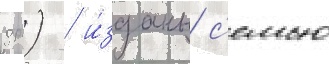
др.) / и́зданы с'емью